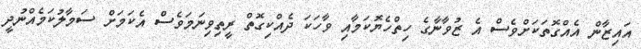
އައިޒާން އެއްގޮތަކަށްވެސް އެ ޒުވާނާގެ ހިތްހެޔޮކަމާއި ވާހަކަ ދެއްކިގޮތް ރީތިވިނަމަވެސް އެކަމަށް ސަމާލުކަމެއްނުދީ